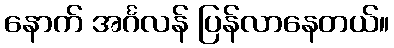
နောက် အင်္ဂလန် ပြန်လာနေတယ်။